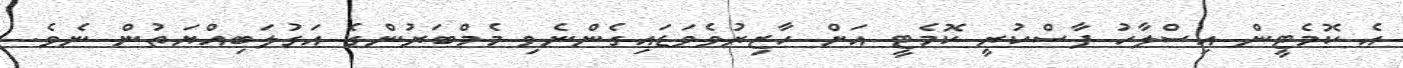
އެ ކޮމެޓީން އިސްލާހު ފާސްކުރީ ކޮމެޓީ އަށް ހާޒިރުވެވަޑައިގެންނެވި މެމްބަރުންގެ އަގުލަބިއްޔަތުން ނެވެ.